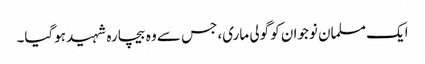
ایک مسلمان نوجوان کو گولی ماری، جس سے وہ بیچارہ شہید ہوگیا۔